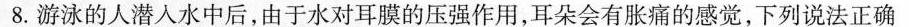
8. 游泳的人潜入水中后，由于水对耳膜的压强作用，耳朵会有胀痛的感觉，下列说法正确